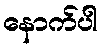
နောက်ပါ